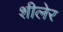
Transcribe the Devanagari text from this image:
शीलेर